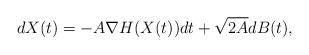
LaTeX: \begin{align*}dX(t) = - A \nabla H(X(t)) dt + \sqrt{2A}dB(t),\end{align*}